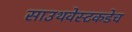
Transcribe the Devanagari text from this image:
साउथवेस्टकडेच